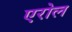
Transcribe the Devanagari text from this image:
एरोल